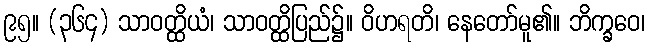
၉၅။ (၃၆၄) သာဝတ္ထိယံ၊ သာဝတ္ထိပြည်၌။ ဝိဟရတိ၊ နေတော်မူ၏။ ဘိက္ခဝေ၊